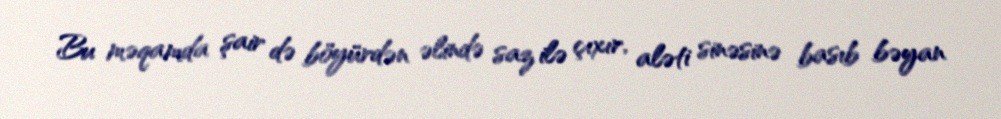
Bu məqamda şair də böyürdən əlində saz ilə çıxır, aləti sinəsinə basıb bəyan